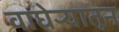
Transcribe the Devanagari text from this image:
वाघेऱ्यातून